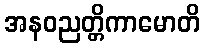
အနဝညတ္တိကာမောတိ